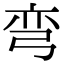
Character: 弯